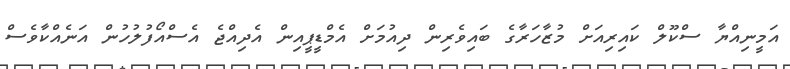
އަމީނިއްޔާ ސްކޫލް ކައިރިއަށް މުޒާހަރާގެ ބައިވެރިން ދިއުމަށް އެމްޑީޕީއިން އެދިއްޖެ އެސްއޯފުލުހުން އަނެއްކާވެސް